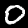
Label: 0